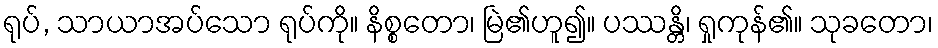
ရုပ်, သာယာအပ်သော ရုပ်ကို။ နိစ္စတော၊ မြဲ၏ဟူ၍။ ပဿန္တိ၊ ရှုကုန်၏။ သုခတော၊